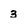
Character: 3